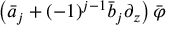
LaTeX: \left( \bar { a } _ { j } + ( - 1 ) ^ { j - 1 } \bar { b } _ { j } \partial _ { z } \right) \bar { \varphi }